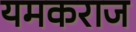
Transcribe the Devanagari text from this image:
यमकराज